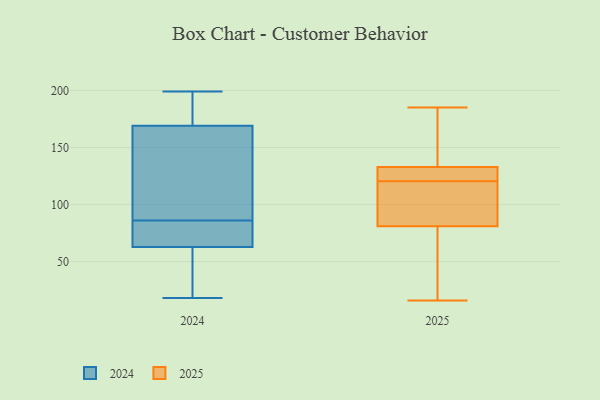
{"axis": {"x": "LTV (USD)", "y": "Value"}, "legend": ["2024", "2025"], "data": [{"x": "", "y": 16, "type": "2025"}, {"x": "", "y": 133, "type": "2025"}, {"x": "", "y": 128, "type": "2025"}, {"x": "", "y": 185, "type": "2025"}, {"x": "", "y": 77, "type": "2025"}, {"x": "", "y": 40, "type": "2025"}, {"x": "", "y": 93, "type": "2025"}, {"x": "", "y": 120, "type": "2025"}, {"x": "", "y": 114, "type": "2025"}, {"x": "", "y": 179, "type": "2025"}, {"x": "", "y": 132, "type": "2025"}, {"x": "", "y": 121, "type": "2025"}, {"x": "", "y": 131, "type": "2025"}, {"x": "", "y": 21, "type": "2025"}, {"x": "", "y": 169, "type": "2025"}, {"x": "", "y": 99, "type": "2025"}, {"x": "", "y": 81, "type": "2025"}, {"x": "", "y": 133, "type": "2025"}, {"x": "", "y": 178, "type": "2024"}, {"x": "", "y": 75, "type": "2024"}, {"x": "", "y": 18, "type": "2024"}, {"x": "", "y": 34, "type": "2024"}, {"x": "", "y": 196, "type": "2024"}, {"x": "", "y": 166, "type": "2024"}, {"x": "", "y": 75, "type": "2024"}, {"x": "", "y": 122, "type": "2024"}, {"x": "", "y": 199, "type": "2024"}, {"x": "", "y": 32, "type": "2024"}, {"x": "", "y": 113, "type": "2024"}, {"x": "", "y": 182, "type": "2024"}, {"x": "", "y": 72, "type": "2024"}, {"x": "", "y": 50, "type": "2024"}, {"x": "", "y": 86, "type": "2024"}, {"x": "", "y": 114, "type": "2024"}, {"x": "", "y": 67, "type": "2024"}]}